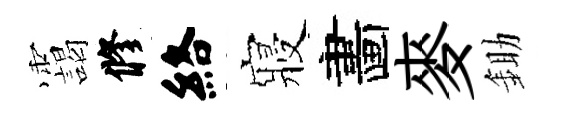
靄修絡寢畵麥鋤